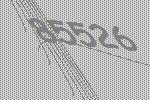
85526